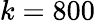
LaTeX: k=800